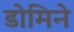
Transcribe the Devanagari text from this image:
डोमिने